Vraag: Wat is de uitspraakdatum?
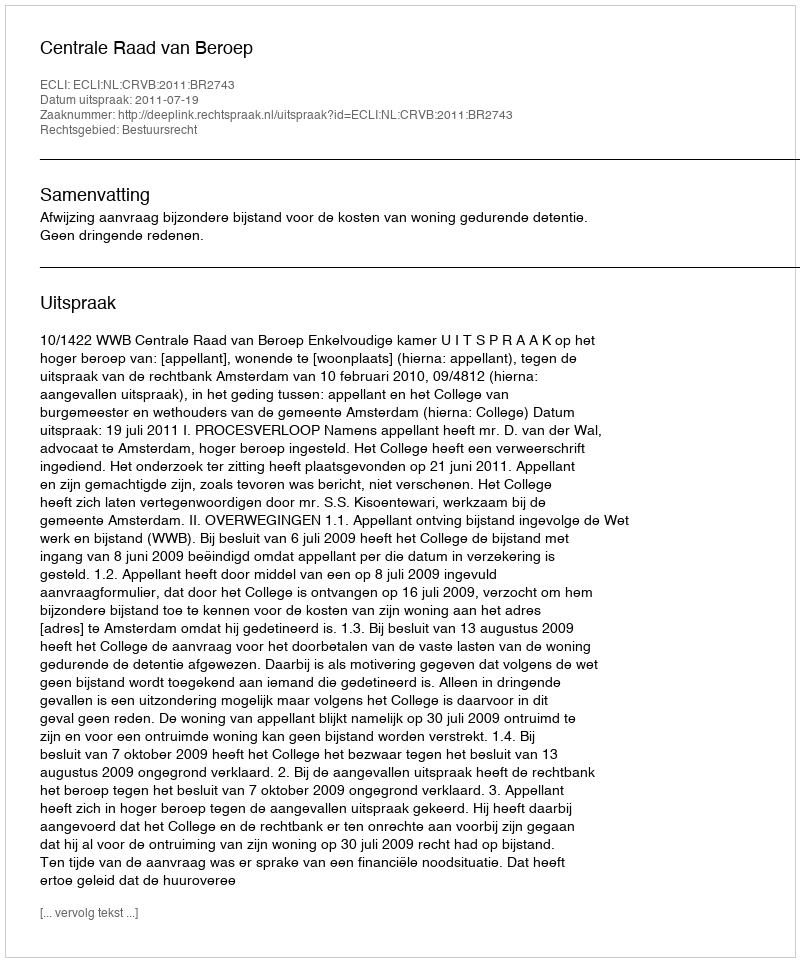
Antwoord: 2011-07-19